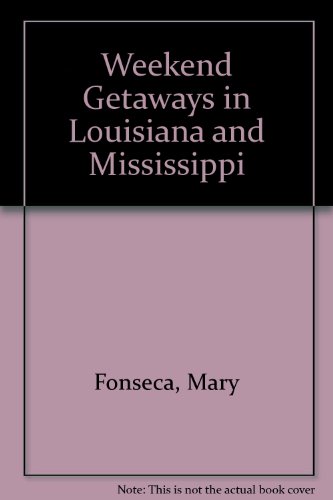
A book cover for Weekend Getaways in Louisiana and Mississippi; Mary Fonseca; Travel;